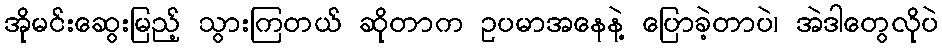
အိုမင်းဆွေးမြည့် သွားကြတယ် ဆိုတာက ဥပမာအနေနဲ့ ပြောခဲ့တာပဲ၊ အဲဒါတွေလိုပဲ